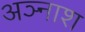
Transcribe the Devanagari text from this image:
अञ्नाश